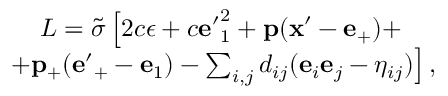
\begin{array} { c } { { L = { \tilde { \sigma } } \left[ 2 c \epsilon + c { \bf e ^ { \prime } } _ { 1 } ^ { 2 } + { \bf p } ( { \bf x ^ { \prime } } - { \bf e } _ { + } ) + \right. } } \\ { { \left. + { \bf p } _ { + } ( { \bf e ^ { \prime } } _ { + } - { \bf e } _ { 1 } ) - \sum _ { i , j } d _ { i j } ( { \bf e } _ { i } { \bf e } _ { j } - \eta _ { i j } ) \right] , } } \end{array}